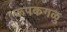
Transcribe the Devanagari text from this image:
रूपकगळु